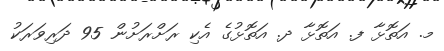
މ. އަތޮޅާ ފ. އަތޮޅާ ދ. އަތޮޅުގެ އެކި ރަށްރަށުން 95 ދަރިވަރަކު